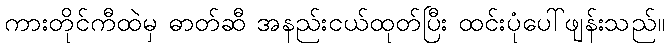
ကားတိုင်ကီထဲမှ ဓာတ်ဆီ အနည်းငယ်ထုတ်ပြီး ထင်းပုံပေါ်ဖျန်းသည်။